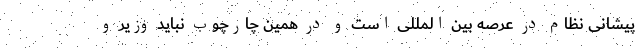
پیشانی نظام در عرصه بین المللی است و در همین چارچوب نباید وزیر و